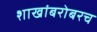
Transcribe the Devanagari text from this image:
शाखांबरोबरच